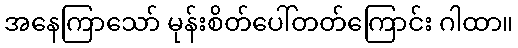
အနေကြာသော် မုန်းစိတ်ပေါ်တတ်ကြောင်း ဂါထာ။